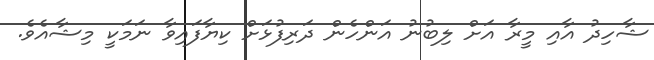
ޝާހިދު އާއި މީރާ އަށް ލިބުނު އަންހެން ދަރިފުޅަށް ކިޔާފައިވާ ނަމަކީ މިޝާއެވެ.